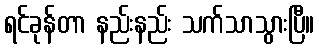
ရင်ခုန်တာ နည်းနည်း သက်သာသွားပြီ။